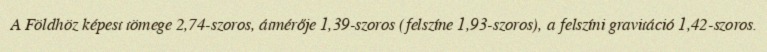
A Földhöz képest tömege 2,74-szoros, átmérője 1,39-szoros (felszíne 1,93-szoros), a felszíni gravitáció 1,42-szoros.